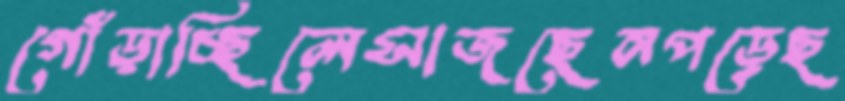
গোঁড়াচ্ছিলেসাজছেনপড়েছ